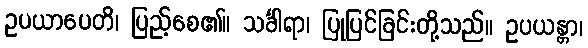
ဥပယာပေတိ၊ ပြည့်စေ၏။ သင်္ခါရာ၊ ပြုပြင်ခြင်းတို့သည်။ ဥပယန္တာ၊